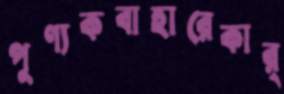
পুণ্যকবাহারেকার্